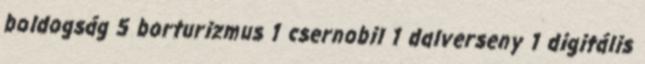
boldogság 5 borturizmus 1 csernobil 1 dalverseny 1 digitális